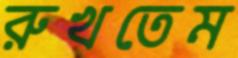
রুখতেম